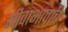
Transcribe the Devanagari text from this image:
जीवाभावाचे